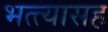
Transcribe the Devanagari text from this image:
भत्त्यासह